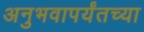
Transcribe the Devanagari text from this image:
अनुभवापर्यंतच्या